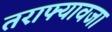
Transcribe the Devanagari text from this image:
तराफ्यावजा